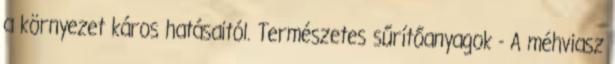
a környezet káros hatásaitól. Természetes sűrítőanyagok - A méhviasz